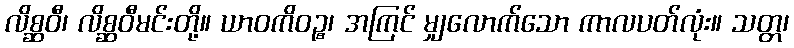
လိစ္ဆဝီ၊ လိစ္ဆဝီမင်းတို့။ ယာဝကိဝဉ္စ၊ အကြင် မျှလောက်သော ကာလပတ်လုံး။ သတ္တ၊